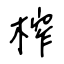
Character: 榨